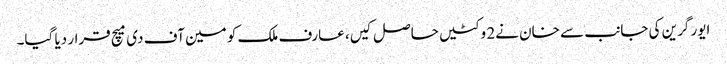
ایور گرین کی جانب سے خان نے2 وکٹیں حاصل کیں، عارف ملک کو مین آف دی میچ قرار دیا گیا۔